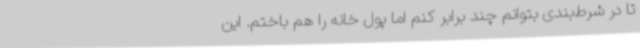
تا در شرط‌بندی بتوانم چند برابر کنم اما پول خانه را هم باختم. این